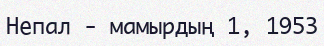
Непал - мамырдың 1, 1953